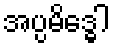
အပ္ပမိဒ္ဓေါ